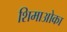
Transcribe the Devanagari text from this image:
शिमाओका